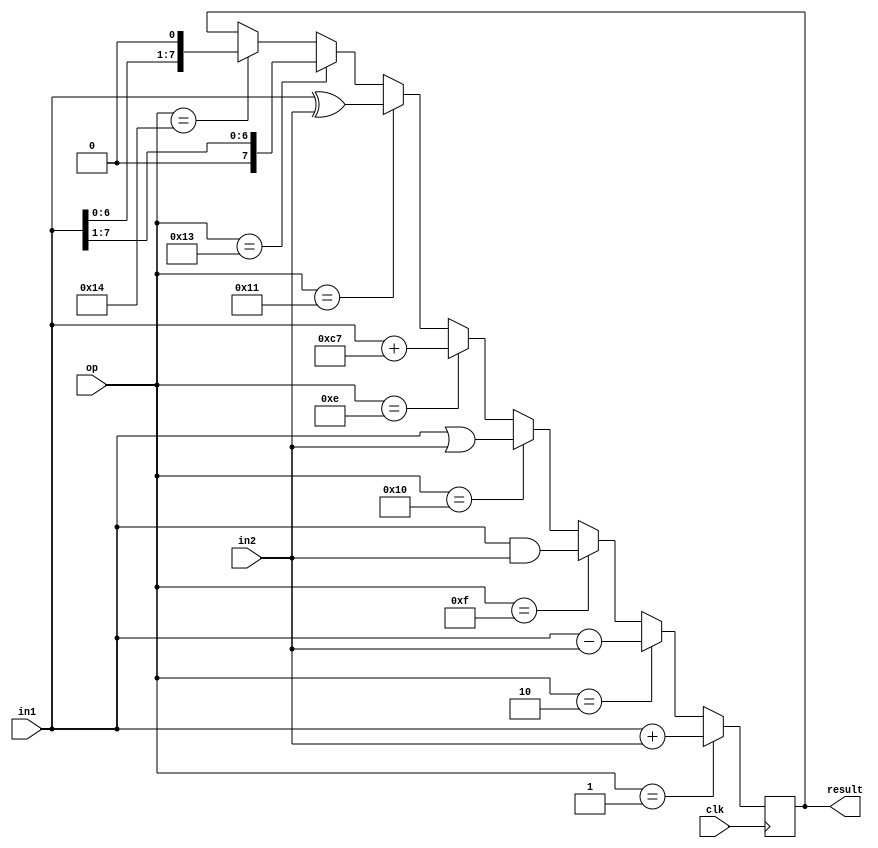
module alu(op,in1, in2, result, clk);
	input clk;
	input [7:0] op, in1, in2;
	output [7:0] result;
	
	reg[7:0] hasil;
	
	always @ (posedge clk) 
	begin
		if (op == 8'b00000001)//ADD
		begin
			hasil <= in1 + in2;
		end
		//slesai	
	
		else if (op == 8'b00000010)//SUB
		begin 
			hasil <= in1 - in2;
		end 
		//slesai
	
		else if (op == 8'b00001111)//AND	
		begin 
			hasil <= in1 & in2;
		end
		//slesai
	
		else if (op == 8'b00010000)//OR
		begin 
			hasil <= in1 | in2;
		end
		//slesai

		else if (op == 8'b00001110)//CPL
		begin 
			hasil <= in1 + 11111111;
		end 
		//slesai

		else if (op == 8'b00010001)//XOR
		begin 
			hasil <= in1 ^ in2;
		end 

		else if (op == 8'b00010011)//RSHIFT
		begin
			hasil <= {1'b0, in1[7:1]};
		end

		else if (op == 8'b00010100)//LSHIFT
		begin
			hasil <= {in1[6:0], 1'b0};
		end
		//slesai
	end
	
	assign result = hasil;
endmodule